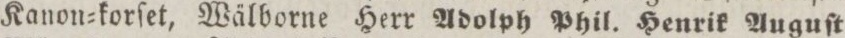
Kanon=korſet, Wälborne Herr Adolph Phil. Henrik Auguſt